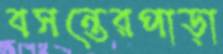
বসন্তেরপাড়া